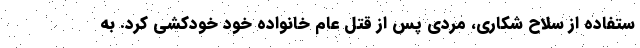
ستفاده از سلاح شکاری، مردی پس از قتل عام خانواده خود خودکشی کرد. به